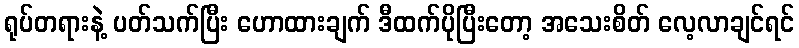
ရုပ်တရားနဲ့ ပတ်သက်ပြီး ဟောထားချက် ဒီထက်ပိုပြီးတော့ အသေးစိတ် လေ့လာချင်ရင်